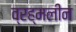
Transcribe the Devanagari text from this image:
व्रह्मलीन